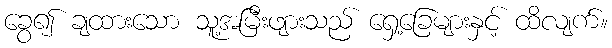
ခွေ၍ ချထားသော သူ့အမြီးဖျားသည် ရှေ့ခြေများနှင့် ထိလျက်။